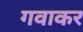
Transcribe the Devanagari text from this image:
गवाकर